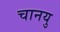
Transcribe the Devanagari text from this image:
चानयु